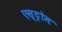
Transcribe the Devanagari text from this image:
एस्ट्रोम